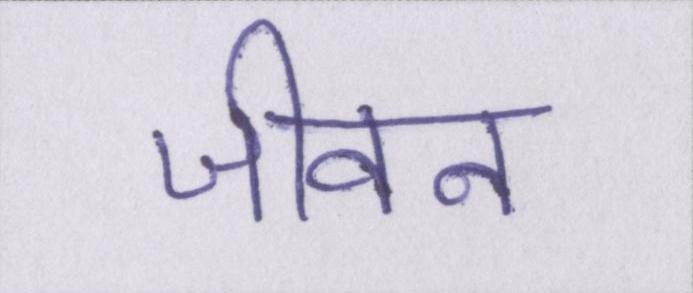
जीवन